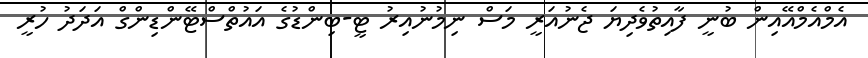
އެމްއެމްއޭއިން ބުނީ ފާއިތުވެދިޔަ ޖެނުއަރީ މަސް ނިމުނުއިރު ޓީ-ބިންޑުގެ އައުތްސްޓޭންޑިންގް އަދަދު ހުރީ